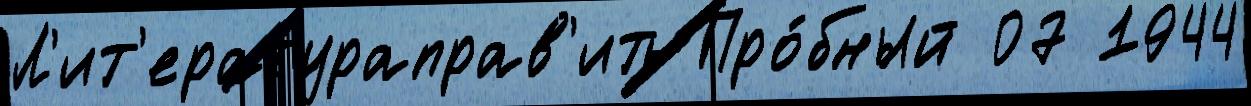
Л'ит'ератураправ'ить Про́бный 07 1944